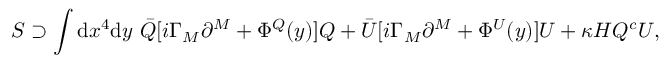
S \supset \int \mathrm { d } x ^ { 4 } \mathrm { d } y ~ \bar { Q } [ i \Gamma _ { M } \partial ^ { M } + \Phi ^ { Q } ( y ) ] Q + \bar { U } [ i \Gamma _ { M } \partial ^ { M } + \Phi ^ { U } ( y ) ] U + \kappa H Q ^ { c } U ,